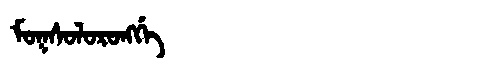
Manchu: ᠮᠣᡴᠰᠣᠯᠣᡵᠣᠩᡤᡝ
Romanization: MOKSOLORONGGE